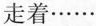
走着······